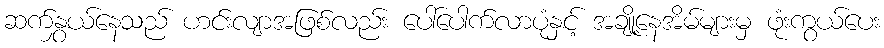
ဆက်နွှယ်နေသည် ဟင်းလျာအဖြစ်လည်း ပေါ်ပေါက်လာပုံနှင့် အချို့နေအိမ်များမှ ဖုံးကွယ်ပေး